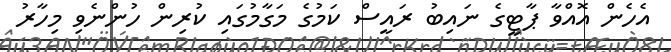
އެހެން އޮއްވާ ޕާޓީގެ ނައިބު ރައީސް ކަމުގެ މަގާމުގައި ކުރިން ހުންނެވި މިހާރު